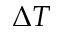
\Delta T